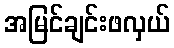
အမြင်ချင်းဖလှယ်